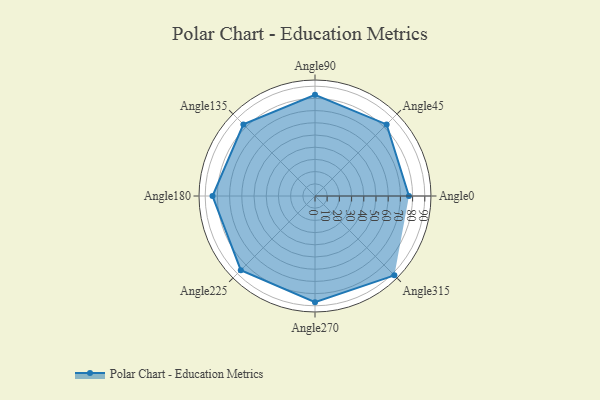
{"axis": {"x": "Angle", "y": "Radius"}, "legend": [""], "data": [{"x": "Angle0", "y": 77.0, "type": ""}, {"x": "Angle45", "y": 83.0, "type": ""}, {"x": "Angle90", "y": 83.0, "type": ""}, {"x": "Angle135", "y": 83.0, "type": ""}, {"x": "Angle180", "y": 84.0, "type": ""}, {"x": "Angle225", "y": 86.0, "type": ""}, {"x": "Angle270", "y": 87.0, "type": ""}, {"x": "Angle315", "y": 92.0, "type": ""}]}